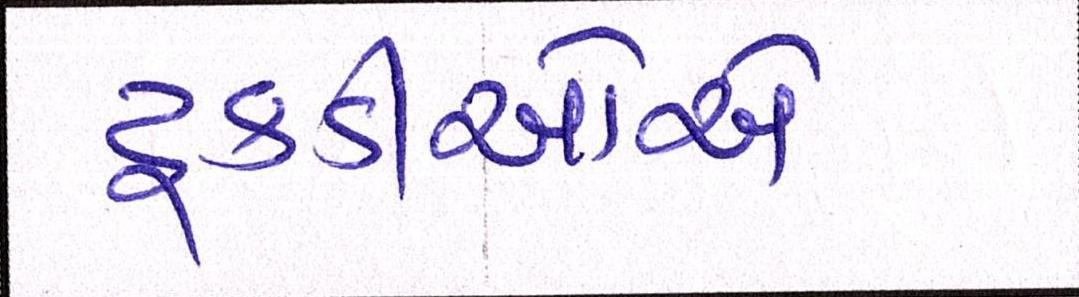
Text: ટૂકડીઓએ